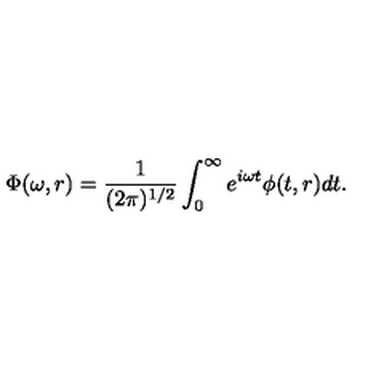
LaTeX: \Phi ( \omega , r ) = \frac { 1 } { ( 2 \pi ) ^ { 1 / 2 } } \int _ { 0 } ^ { \infty } e ^ { i \omega t } \phi ( t , r ) d t .